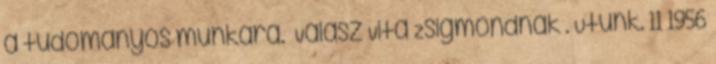
a tudományos munkára. Válasz Vita Zsigmondnak . Utunk. 11 1956